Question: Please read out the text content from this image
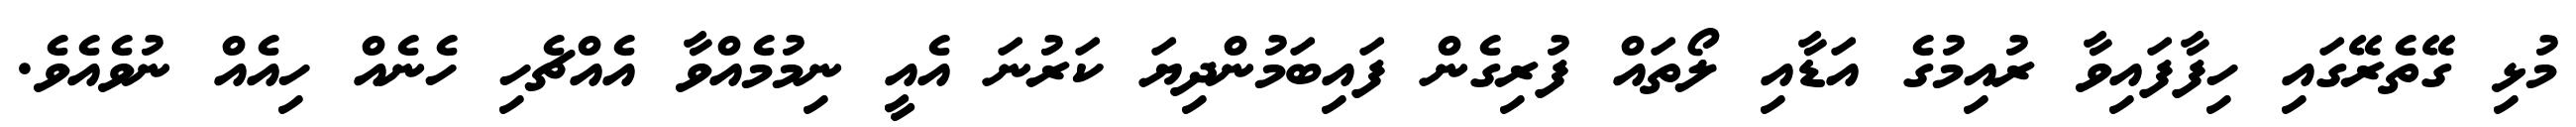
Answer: މުޅި ގޭތެރޭގައި ހިފާފައިވާ ރުއިމުގެ އަޑާއި ލޯތައް ފުރިގެން ފައިބަމުންދިޔަ ކަރުނަ އެއީ ނިމުމެއްވާ އެއްޗެހި ހެނެއް ހިއެއް ނުވެއެވެ.